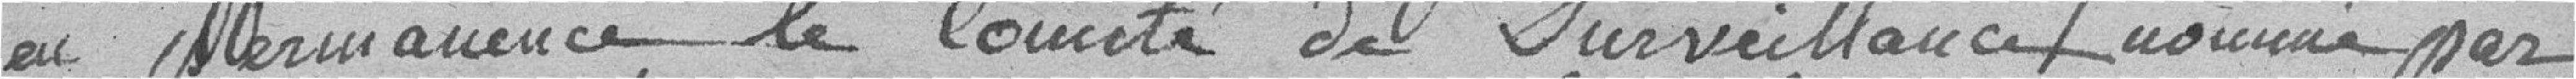
en permanence le Comité de Surveillance nommé par